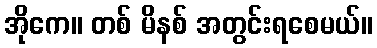
အိုကေ။ တစ် မိနစ် အတွင်းရစေမယ်။